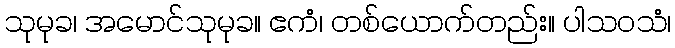
သုမုခ၊ အမောင်သုမုခ။ ဧကံ၊ တစ်ယောက်တည်း။ ပါသဝသံ၊